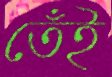
তেঁই